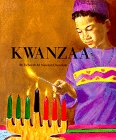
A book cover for Kwanzaa; Deborah M. Newton Chocolate; Children's Books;